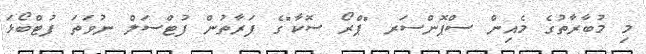
މި މުބާރާތުގެ މެއިން ސްޕޮންސަރ "ޕްރޯ ސޮކާ"ގެ ފަރާތުން ފުޓްސަލް ނުވަތަ ފުޓްބޯޅަ